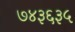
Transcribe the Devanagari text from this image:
७४३६३५